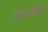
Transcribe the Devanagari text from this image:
अश्रव्यता